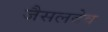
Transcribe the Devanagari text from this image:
जैसलदेव